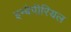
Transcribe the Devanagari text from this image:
इम्बैपीरियल